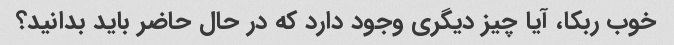
خوب ربکا، آیا چیز دیگری وجود دارد که در حال حاضر باید بدانید؟